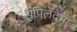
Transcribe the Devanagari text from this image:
पपिलेदेमा